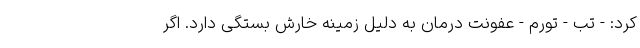
کرد: - تب - تورم - عفونت درمان به دلیل زمینه خارش بستگی دارد. اگر